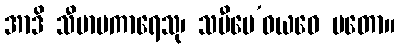
အာဒိ သီမာပကာရေသု၊ သမီပေ’ဝယဝေ မတော။